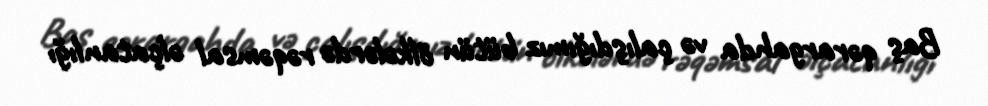
Baş qərargahda və çalışdığımız bütün ölkələrdə rəqəmsal əlçatanlığı